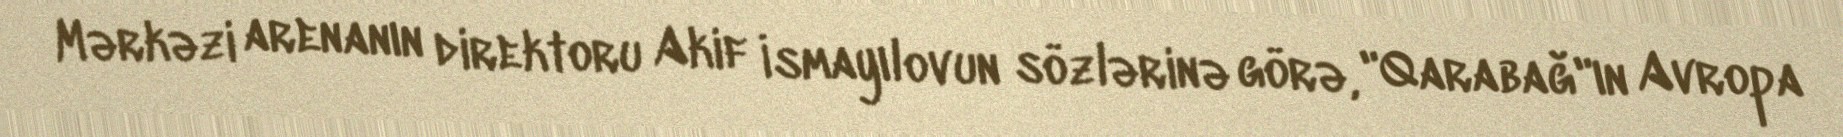
Mərkəzi arenanın direktoru Akif İsmayılovun sözlərinə görə, "Qarabağ"ın Avropa